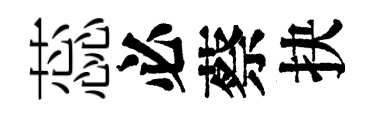
蕊必蔡抉